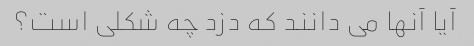
آیا آنها می دانند که دزد چه شکلی است؟